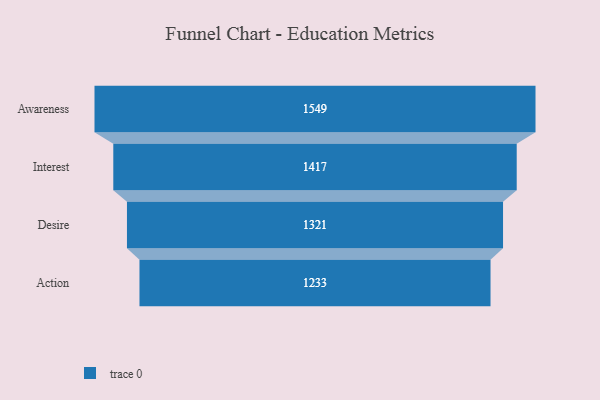
{"axis": {"x": "Stage", "y": "Value"}, "legend": [""], "data": [{"x": "Awareness", "y": 1549.0, "type": ""}, {"x": "Interest", "y": 1417.0, "type": ""}, {"x": "Desire", "y": 1321.0, "type": ""}, {"x": "Action", "y": 1233.0, "type": ""}]}